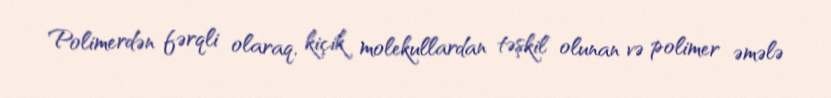
Polimerdən fərqli olaraq, kiçik molekullardan təşkil olunan və polimer əmələ